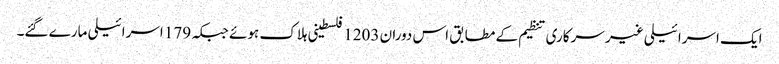
ایک اسرائیلی غیر سرکاری تنظیم کے مطابق اس دوران 1203 فلسطینی ہلاک ہوئے جبکہ 179 اسرائیلی مارے گئے۔